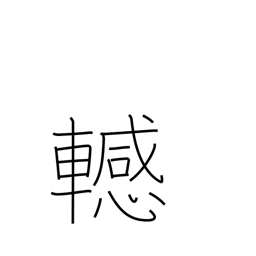
Meaning: difficulty